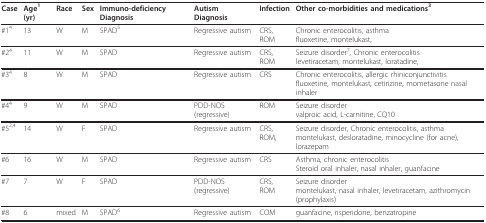
| Case | Age1 (yr) | Race | Sex | Immuno-deficiency Diagnosis | Autism Diagnosis | Infection | Other co-morbidities and medications3 |
 | --- | --- | --- | --- | --- | --- | --- | --- |
 | #14 | 13 | W | M | SPAD5 | Regressive autism | CRS, ROM | Chronic enterocolitis, asthmafluoxetine, montelukast, |
 | #24 | 11 | W | M | SPAD | Regressive autism | CRS, ROM | Seizure disorder7, Chronic enterocolitislevetiracetam, montelukast, loratadine, |
 | #34 | 8 | W | M | SPAD | Regressive autism | CRS | Chronic enterocolitis, allergic rhiniconjunctivitisfluoxetine, montelukast, cetirizine, mometasone nasal inhaler |
 | #44 | 9 | W | M | SPAD | PDD-NOS (regressive) | ROM | Seizure disordervalproic acid, L-carnitine, CQ10 |
 | #52,4 | 14 | W | F | SPAD | Regressive autism | CRS, ROM, | Seizure disorder, Chronic enterocolitis, asthmamontelukast, desloratadine, minocycline (for acne), lorazepam |
 | #6 | 16 | W | M | SPAD | Regressive autism | CRS | Asthma, chronic enterocolitisSteroid oral inhaler, nasal inhaler, guanfacine |
 | #7 | 7 | W | F | SPAD | PDD-NOS (regressive) | CRS, ROM | Seizure disordermontelukast, nasal inhaler, levetiracetam, azithromycin (prophylaxis) |
 | #8 | 6 | mixed | M | SPAD6 | Regressive autism | COM | guanfacine, risperidone, benzatropine |